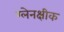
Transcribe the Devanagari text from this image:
ग्लेनक्षीक